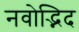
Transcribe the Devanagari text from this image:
नवोद्भिद